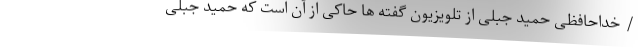
/ خداحافظی حمید جبلی از تلویزیون گفته ها حاکی از آن است که حمید جبلی